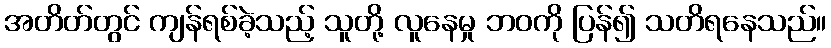
အတိတ်တွင် ကျန်ရစ်ခဲ့သည့် သူတို့ လူနေမှု ဘဝကို ပြန်၍ သတိရနေသည်။